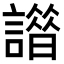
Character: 𧬢